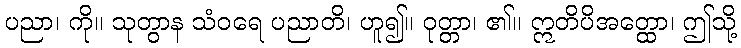
ပညာ၊ ကို။ သုတွာန သံဝရေ ပညာတိ၊ ဟူ၍။ ဝုတ္တာ၊ ၏။ ဣတိပိအတ္ထော၊ ဤသို့